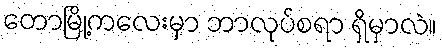
တောမြို့ကလေးမှာ ဘာလုပ်စရာ ရှိမှာလဲ။